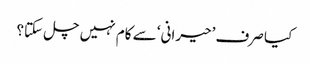
کیا صرف ’حیرانی‘ سے کام نہیں چل سکتا؟